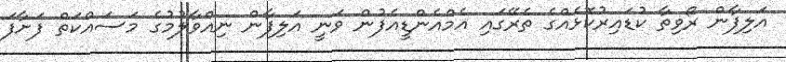
އަލިފާން ރޯވިތާ ކުޑައިރުކޮޅެއްގެ ތެރޭގައި އެމްއެންޑީއެފުން ވަނީ އަލިފާން ނިއްވާލުމުގެ މަަސައްކަތް ފަށާފަ